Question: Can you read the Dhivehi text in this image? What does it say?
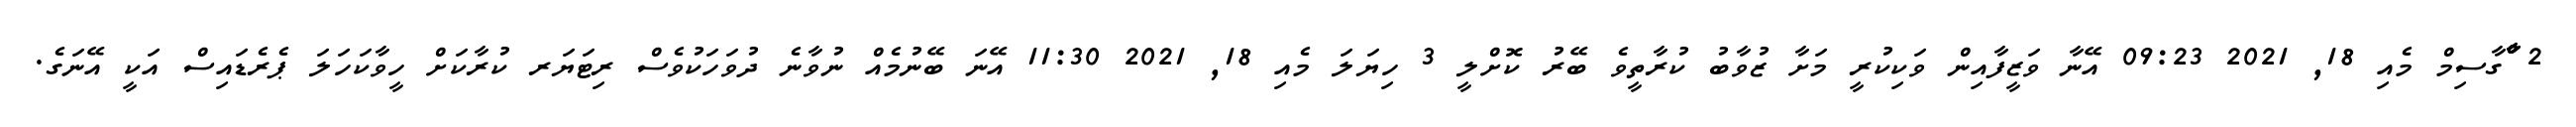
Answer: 2 ްާްާގާސިމް މެއި 18, 2021 09:23 އޭނާ ވަޒީފާއިން ވަކިކުރީ މަށާ ޒުވާބު ކުރާތީވެ ބޭރު ކޮށްލީ 3 ހިޔަލަ މެއި 18, 2021 11:30 އޭނަ ބޭނުމެއް ނުވާނެ ދުވަހަކުވެސް ރިޓަޔަރ ކުރާކަށް ހީވާކަހަލަ ޕެރެޑައިސް އަކީ އޭނަގެ.